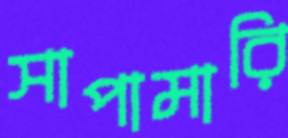
সাপামারি